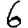
Digit: 6